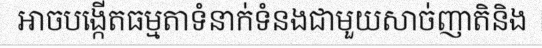
អាចបង្កើតធម្មតាទំនាក់ទំនងជាមួយសាច់ញាតិនិង